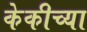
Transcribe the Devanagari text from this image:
केकीच्या